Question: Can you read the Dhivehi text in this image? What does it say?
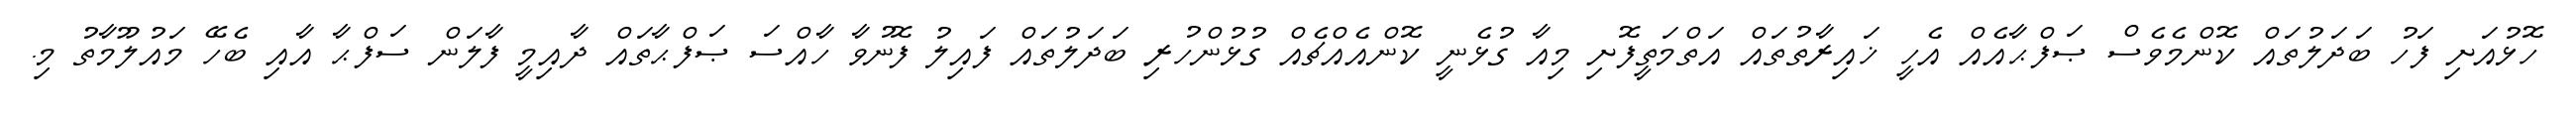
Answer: ހޮޅުއަށި ފަހު ބަދަލުތައް ކޮންމެވެސް ޞަފްޙާއެއް އެހީ ޚައިރާތުތައް އަތްމަތީފޮށި މިއާ ގުޅެނީ ކޮންއެއްޗެއް ގުޅުންހުރި ބަދަލުތައް ފައިލު ފޮނުވާ ހާއްސަ ޞަފްޙާތައް ދާއިމީ ފާލަން ސަފްޙާ އާއި ބެހޭ މައުލޫމާތު މި.